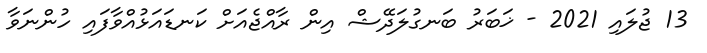
13 ޖުލައި 2021 - ޚަބަރު ބަނގުލަދޭޝް އިން ރާއްޖެއަށް ކަނޑައަޅުއްވާފައި ހުންނަވާ